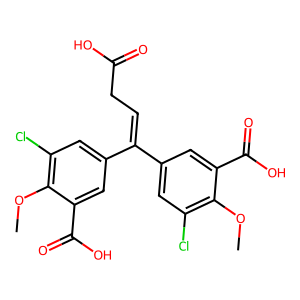
SMILES: COc1c(Cl)cc(C(=CCC(=O)O)c2cc(Cl)c(OC)c(C(=O)O)c2)cc1C(=O)O
Inhibits HIV replication: No